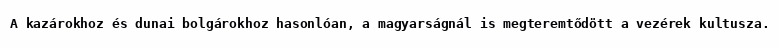
A kazárokhoz és dunai bolgárokhoz hasonlóan, a magyarságnál is megteremtődött a vezérek kultusza.